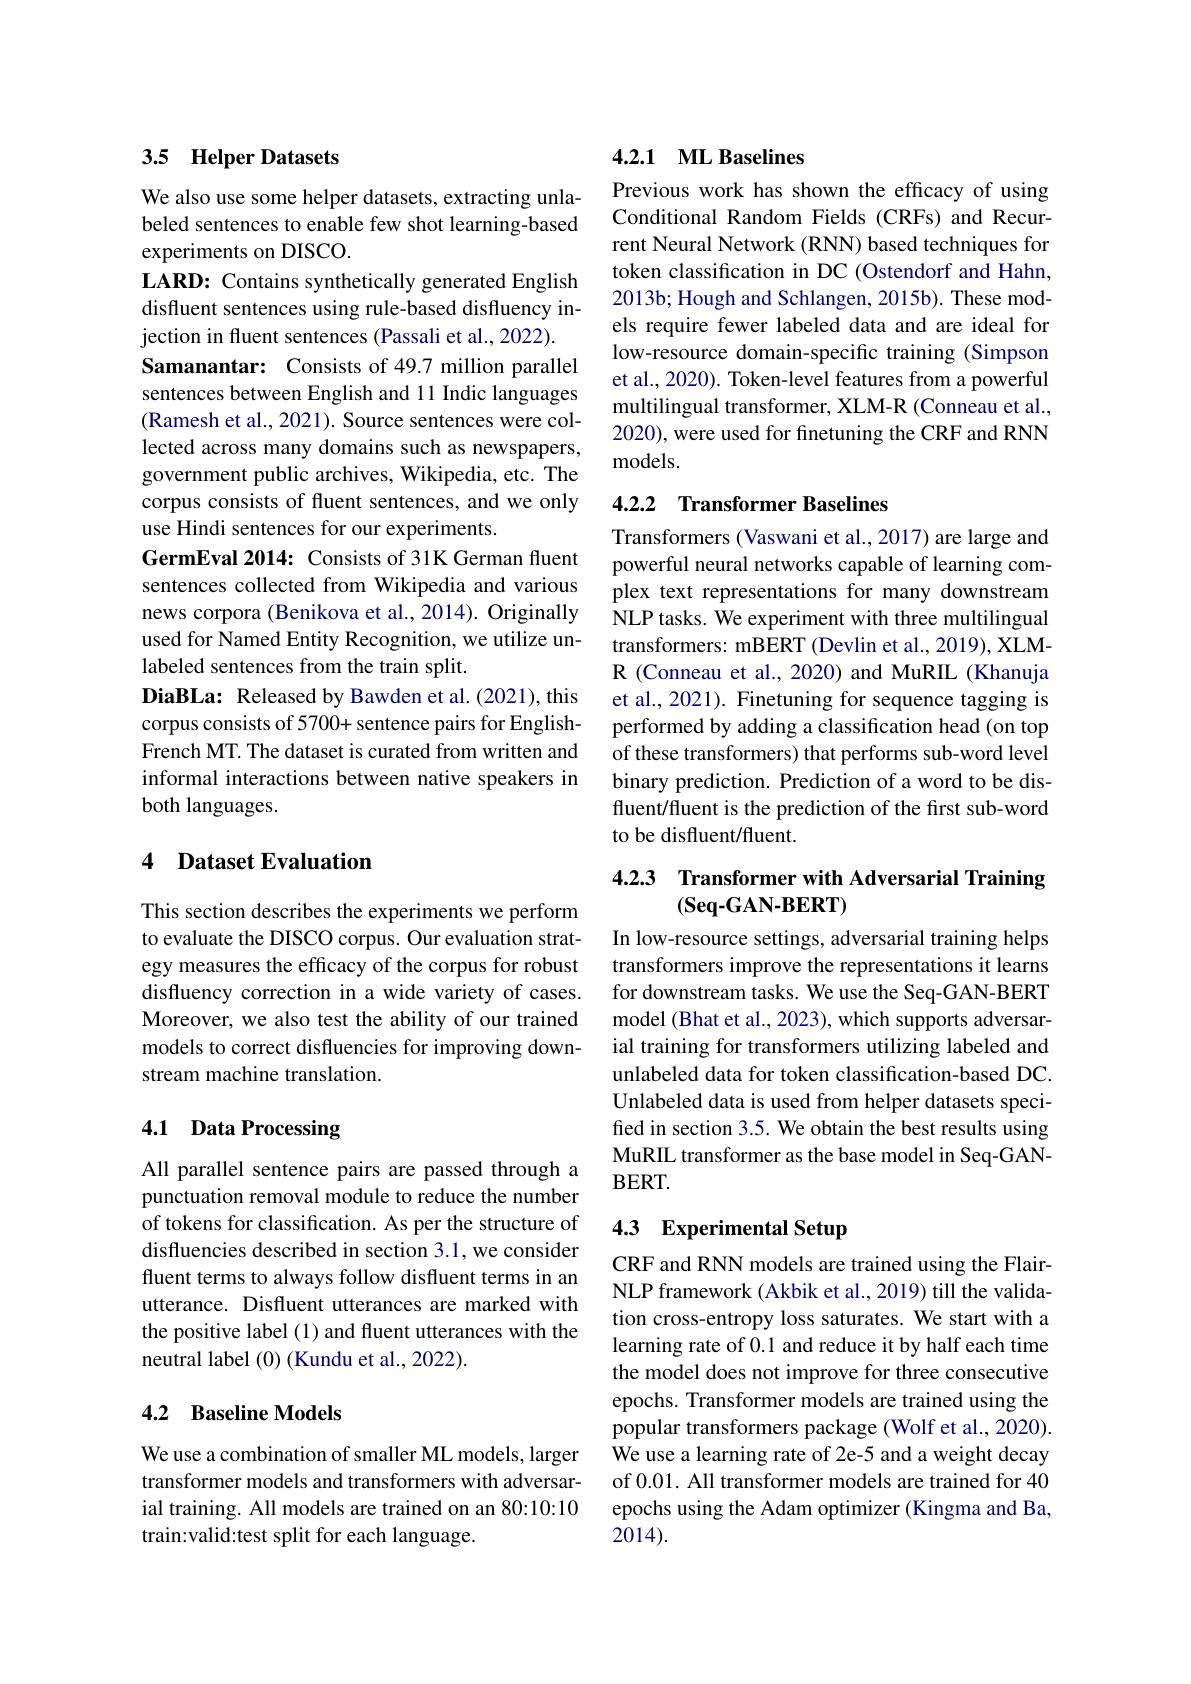
## 3.5 Helper Datasets

We also use some helper datasets, extracting unlabeled sentences to enable few shot learning-based experiments on DISCO.
LARD: Contains synthetically generated English disfluent sentences using rule-based disfluency injection in fluent sentences (Passali et al., 2022).
Samanantar: Consists of 49.7 million parallel sentences between English and 11 Indic languages (Ramesh et al., 2021). Source sentences were collected across many domains such as newspapers, government public archives, Wikipedia, etc. The corpus consists of fluent sentences, and we only use Hindi sentences for our experiments.
GermEval 2014: Consists of 31K German fluent sentences collected from Wikipedia and various news corpora (Benikova et al., 2014). Originally used for Named Entity Recognition, we utilize unlabeled sentences from the train split.
DiaBLa: Released by Bawden et al.(2021), this corpus consists of 5700+ sentence pairs for EnglishFrench MT. The dataset is curated from written and informal interactions between native speakers in both languages.

## 4 Dataset Evaluation

This section describes the experiments we perform to evaluate the DISCO corpus. Our evaluation strategy measures the efficacy of the corpus for robust disfluency correction in a wide variety of cases. Moreover, we also test the ability of our trained models to correct disfluencies for improving downstream machine translation.

## 4.1 Data Processing

All parallel sentence pairs are passed through a punctuation removal module to reduce the number of tokens for classification. As per the structure of disfluencies described in section 3.1, we consider fluent terms to always follow disfluent terms in an utterance. Disfluent utterances are marked with the positive label (1) and fluent utterances with the neutral label (0) (Kundu et al., 2022).

### 4.2 Baseline Models

We use a combination of smaller ML models, larger transformer models and transformers with adversarial training. All models are trained on an 80:10:10 train:valid:test split for each language.

## 4.2.1 $\textbf{ML Baselines}$

Previous work has shown the efficacy of using Conditional Random Fields (CRFs) and Recurrent Neural Network (RNN) based techniques for token classification in DC (Ostendorf and Hahn, 2013b; Hough and Schlangen, 2015b). These models require fewer labeled data and are ideal for low-resource domain-specific training (Simpson et al., 2020). Token-level features from a powerful multilingual transformer, XLM-R (Conneau et al., 2020), were used for finetuning the CRF and RNN models.

## 4.2.2 Transformer Baselines

Transformers (Vaswani et al., 2017) are large and powerful neural networks capable of learning complex text representations for many downstream NLP tasks. We experiment with three multilingual transformers: mBERT (Devlin et al., 2019), XLMR (Conneau et al., 2020) and MuRIL (Khanuja et al., 2021). Finetuning for sequence tagging is performed by adding a classification head (on top of these transformers) that performs sub-word level binary prediction. Prediction of a word to be disfluent/fluent is the prediction of the first sub-word to be disfluent/fluent.

## 4.2.3 Transformer with Adversarial Training $(\mathbf{Seq-GAN-BERT})$

In low-resource settings, adversarial training helps transformers improve the representations it learns for downstream tasks. We use the Seq-GAN-BERT model (Bhat et al., 2023), which supports adversarial training for transformers utilizing labeled and unlabeled data for token classification-based DC. Unlabeled data is used from helper datasets specifed in section 3.5. We obtain the best results using MuRIL transformer as the base model in Seq-GANBERT.

## 4.3 Experimental Setup

CRF and RNN models are trained using the FlairNLP framework (Akbik et al., 2019) till the validation cross-entropy loss saturates. We start with a learning rate of 0.1 and reduce it by half each time the model does not improve for three consecutive epochs. Transformer models are trained using the popular transformers package (Wolf et al., 2020). We use a learning rate of 2e-5 and a weight decay of 0.01. All transformer models are trained for 40 epochs using the Adam optimizer (Kingma and Ba, 2014).